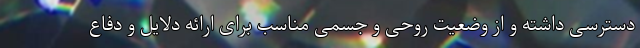
دسترسی داشته و از وضعیت روحی و جسمی مناسب برای ارائه دلایل و دفاع